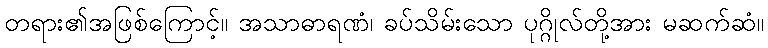
တရား၏အဖြစ်ကြောင့်။ အသာဓာရဏံ၊ ခပ်သိမ်းသော ပုဂ္ဂိုလ်တို့အား မဆက်ဆံ။